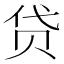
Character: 贷